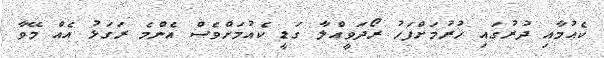
ކެއުމާއި ދުރުގައި ހުރުމަށްފަހު ރޯދަވީއްލާ ގަޑީ ކެއުމަށްވެސް އެންމެ ރަގަޅު އެއް މޭވާ